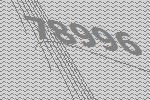
78996